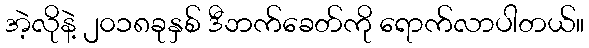
အဲ့လိုနဲ့ ၂၀၁၈ခုနှစ် ဒီဘက်ခေတ်ကို ရောက်လာပါတယ်။